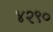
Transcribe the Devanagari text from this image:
४२९०